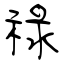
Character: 祿